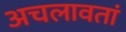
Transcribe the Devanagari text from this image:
अचलावतां